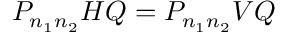
P _ { n _ { 1 } n _ { 2 } } H Q = P _ { n _ { 1 } n _ { 2 } } V Q